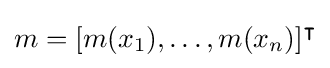
m=[m(x_{1}),\ldots ,m(x_{n})]^{\intercal }